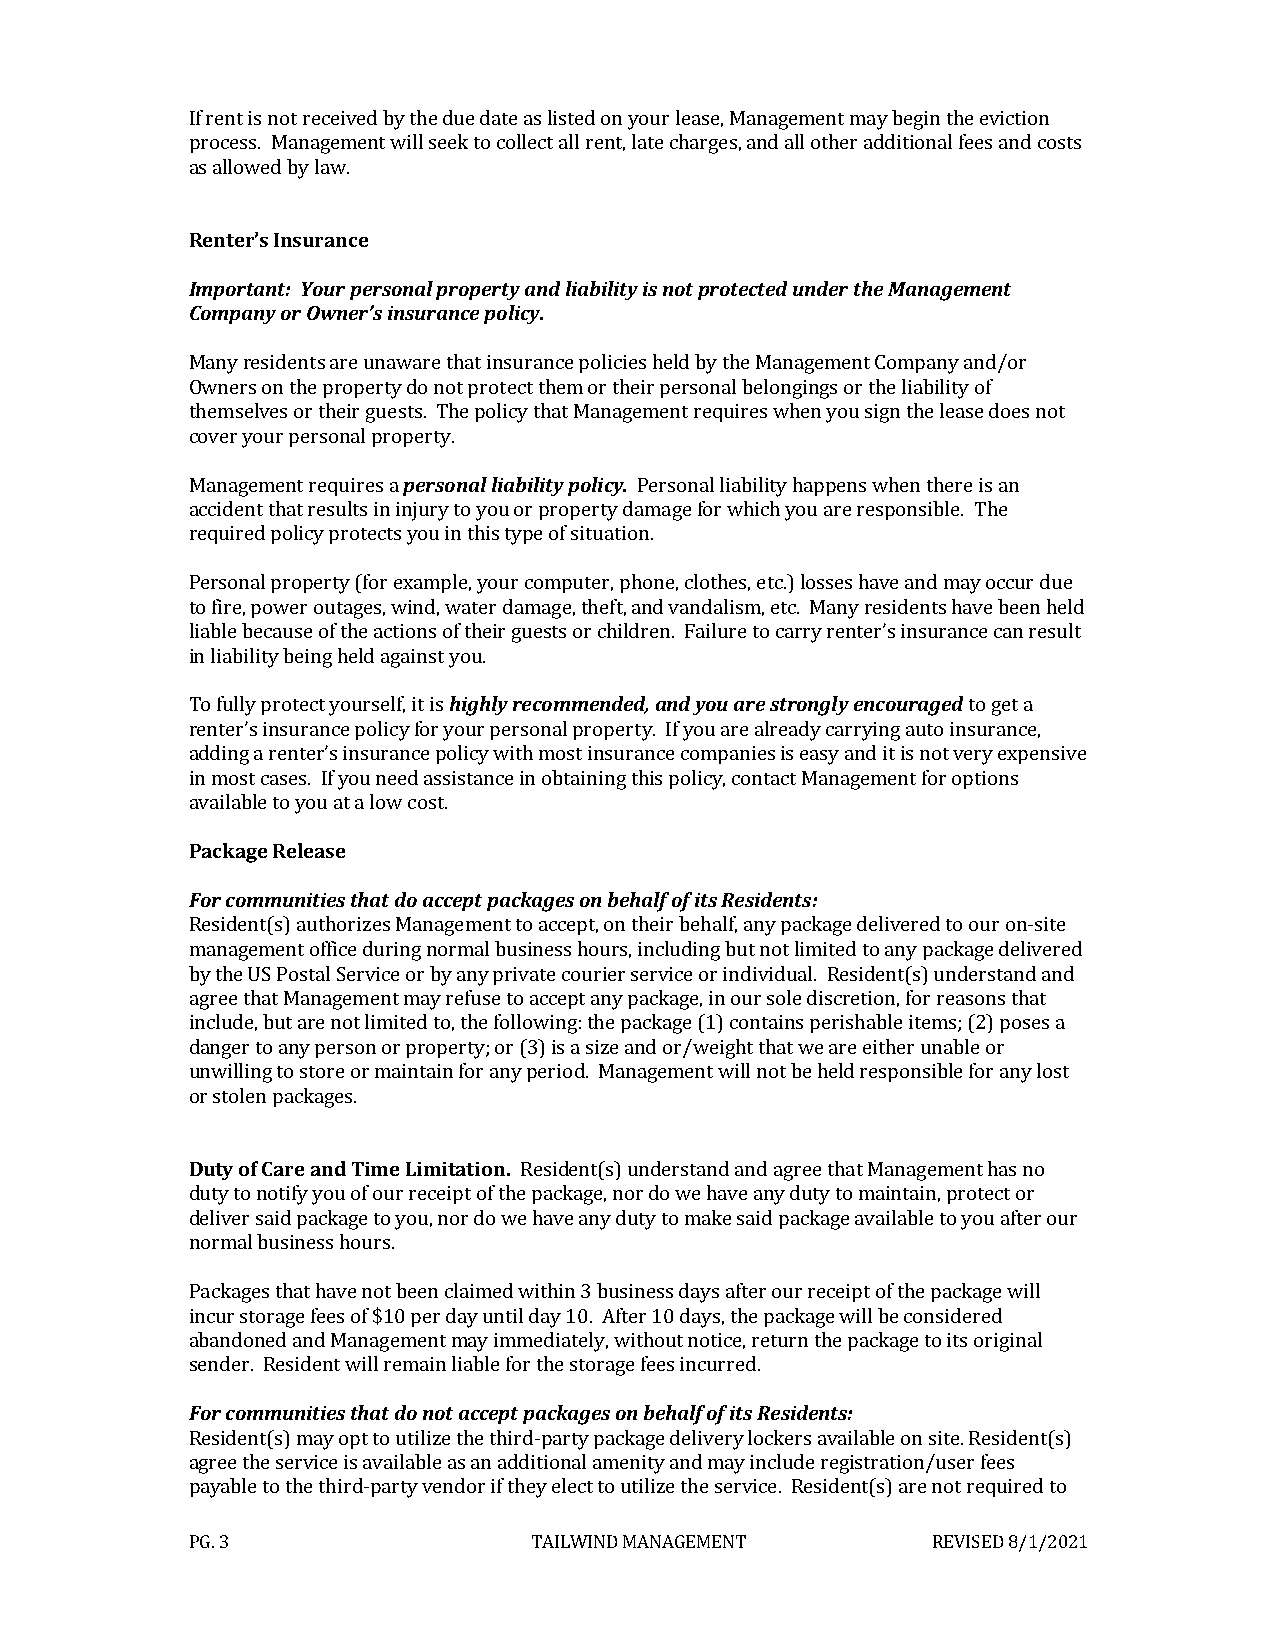
If rent is not received by the due date as listed on your lease, Management may begin the eviction
 process. Management will seek to collect all rent, late charges, and all other additional fees and costs
 as allowed by law.
 Renter’s Insurance
 Important: Your personal property and liability is not protected under the Management
 Company or Owner’s insurance policy.
 Many residents are unaware that insurance policies held by the Management Company and/or
 Owners on the property do not protect them or their personal belongings or the liability of
 themselves or their guests. The policy that Management requires when you sign the lease does not
 cover your personal property.
 Management requires a personal liability policy. Personal liability happens when there is an
 accident that results in injury to you or property damage for which you are responsible. The
 required policy protects you in this type of situation.
 Personal property (for example, your computer, phone, clothes, etc.) losses have and may occur due
 to fire, power outages, wind, water damage, theft, and vandalism, etc. Many residents have been held
 liable because of the actions of their guests or children. Failure to carry renter’s insurance can result
 in liability being held against you.
 To fully protect yourself, it is highly recommended, and you are strongly encouraged to get a
 renter’s insurance policy for your personal property. If you are already carrying auto insurance,
 adding a renter’s insurance policy with most insurance companies is easy and it is not very expensive
 in most cases. If you need assistance in obtaining this policy, contact Management for options
 available to you at a low cost.
 Package Release
 For communities that do accept packages on behalf of its Residents:
 Resident(s) authorizes Management to accept, on their behalf, any package delivered to our on-site
 management office during normal business hours, including but not limited to any package delivered
 by the US Postal Service or by any private courier service or individual. Resident(s) understand and
 agree that Management may refuse to accept any package, in our sole discretion, for reasons that
 include, but are not limited to, the following: the package (1) contains perishable items; (2) poses a
 danger to any person or property; or (3) is a size and or/weight that we are either unable or
 unwilling to store or maintain for any period. Management will not be held responsible for any lost
 or stolen packages.
 Duty of Care and Time Limitation. Resident(s) understand and agree that Management has no
 duty to notify you of our receipt of the package, nor do we have any duty to maintain, protect or
 deliver said package to you, nor do we have any duty to make said package available to you after our
 normal business hours.
 Packages that have not been claimed within 3 business days after our receipt of the package will
 incur storage fees of $10 per day until day 10. After 10 days, the package will be considered
 abandoned and Management may immediately, without notice, return the package to its original
 sender. Resident will remain liable for the storage fees incurred.
 For communities that do not accept packages on behalf of its Residents:
 Resident(s) may opt to utilize the third-party package delivery lockers available on site. Resident(s)
 agree the service is available as an additional amenity and may include registration/user fees
 payable to the third-party vendor if they elect to utilize the service. Resident(s) are not required to
 PG. 3                  TAILWIND MANAGEMENT        REVISED 8/1/2021